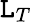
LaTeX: \mathtt{L}_{T}